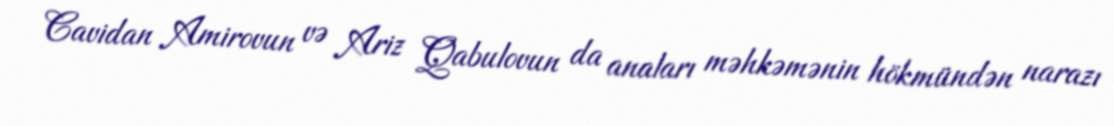
Cavidan Amirovun və Ariz Qabulovun da anaları məhkəmənin hökmündən narazı